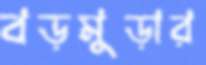
বড়মুড়ার